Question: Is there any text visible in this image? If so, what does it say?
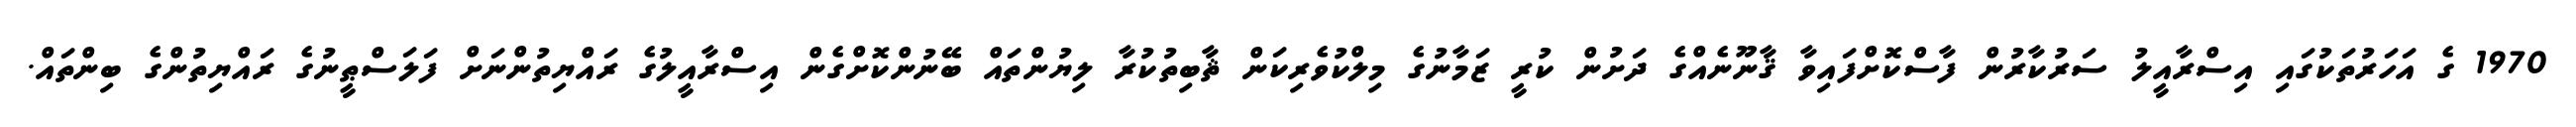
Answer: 1970 ގެ އަހަރުތަކުގައި އިސްރާއީލު ސަރުކާރުން ފާސްކޮށްފައިވާ ޤާނޫނެއްގެ ދަށުން ކުރީ ޒަމާނުގެ މިލްކުވެރިކަން ޘާބިތުކުރާ ލިޔުންތައް ބޭނުންކޮށްގެން އިސްރާއީލުގެ ރައްޔިތުންނަށް ފަލަސްޠީނުގެ ރައްޔިތުންގެ ބިންތައް.